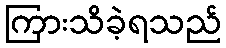
ကြားသိခဲ့ရသည်